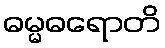
ဓမ္မဓရောတိ